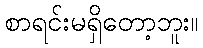
စာရင်းမရှိတော့ဘူး။